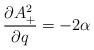
LaTeX: \begin{align*}\frac{\partial A_+^2}{\partial q}=-2\alpha\end{align*}